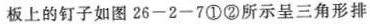
板上的钉子如图 26 - 2 - 7 ①②所示呈三角形排